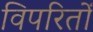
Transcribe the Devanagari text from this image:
विपरितों